Lunatic asylums United Provinces 1909-1921 - 1909-1921
Year: 1909
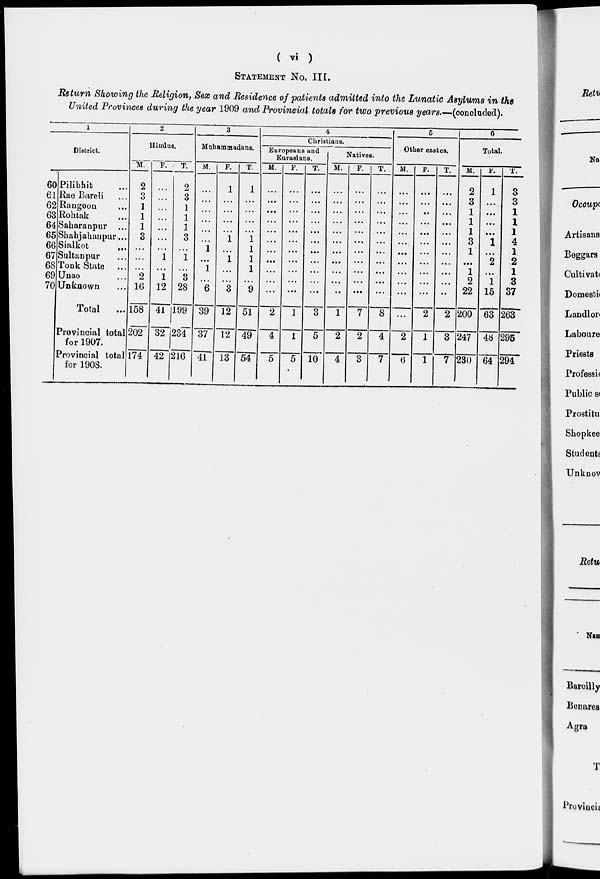
( vi )
STATEMENT No. III.
Return Showing the Religion, Sex and Residence of patients admitted into the Lunatic Asylums in the
United Provinces during the year 1909 and Provincial totals for two previous years*—(concluded).
1
District.
60
61
62
63
64
65
66
67
68
69
70
Pilibhit...
Rae Bareli...
Rangoon...
Rohtak...
Saharanpur...
Shahjahanpur...
Sialkot...
Sultanpur...
Tonk State...
Unao...
Unknown...
Total
...
Provincial total
for 1907.
Provincial total
for 1908.
2
Hindus.
M.
2
3
1
1
1
3
...
...
...
2
16
158
202
174
F.
...
...
...
...
...
...
...
1
...
1
12
41
32
42
T.
2
3
1
1
1
3
...
1
...
3
28
199
234
216
3
Muhammadans.
M.
...
...
...
...
...
...
1
...
1
...
6
39
37
41
F.
1
...
...
...
...
1
1
...
...
3
12
12
13
T.
1
...
...
...
...
1
1
1
1
...
9
51
49
54
4
Christians.
Europeans and
Eurasians.
M.
...
...
...
...
...
...
...
...
...
...
2
4
5
F.
...
...
...
...
...
...
...
...
...
...
...
1
1
5
T.
...
...
...
...
...
...
...
...
...
...
...
3
5
10
Natives.
M.
...
...
...
...
...
...
...
...
...
...
...
1
2
4
F.
...
...
...
...
...
...
...
...
...
...
...
7
2
3
T.
...
...
...
...
...
...
...
...
...
...
...
8
4
7
5
Other castes.
M.
...
...
...
...
...
...
...
...
...
...
...
...
2
6
F.
...
...
...
...
...
...
...
...
...
...
...
2
1
1
T.
...
...
...
...
...
...
...
...
...
...
...
2
3
7
6
Total.
M.
2
3
1
1
1
3
1
...
1
2
22
200
247
230
F.
1
...
...
...
...
1
...
2
...
1
15
63
48
64
T.
3
3
1
1
1
4
1
2
1
3
37
263
295
294